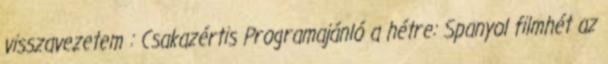
visszavezetem : Csakazértis Programajánló a hétre: Spanyol filmhét az